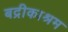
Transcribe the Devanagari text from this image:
बद्रीकाश्रम